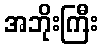
အဘိုးကြီး